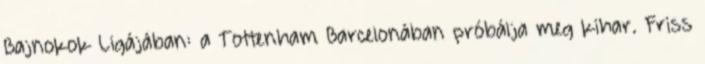
Bajnokok Ligájában: a Tottenham Barcelonában próbálja meg kihar. Friss